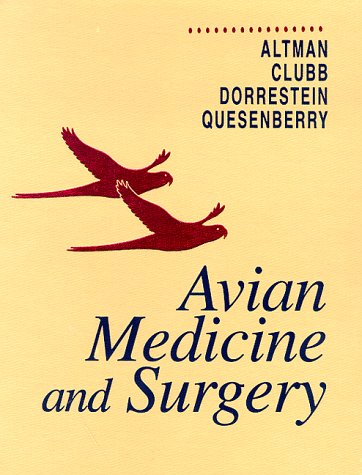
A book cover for Avian Medicine and Surgery, 1e; Robert B. Altman DVM; Medical Books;